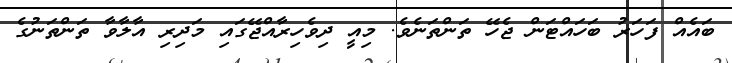
ބައެއް ފަހަރު ބަހައްޓަން ޖެހޭ ތަންތަނެވެ. މިއީ ދިވެހިރާއްޖޭގައި މަދިރި އާލާވާ ތަންތަނުގެ